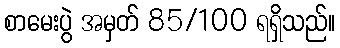
စာမေးပွဲ အမှတ် 85/100 ရရှိသည်။